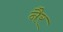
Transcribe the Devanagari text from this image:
नैर